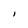
Character: l